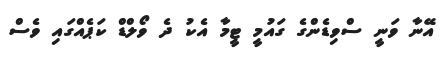
އޭނާ ވަނީ ސްވިޑެންގެ ގައުމީ ޓީމާ އެކު ދެ ވޯލްޑް ކަޕެއްގައި ވެސް